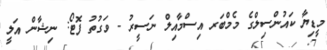
މީޑިޔާ ކައުންސިލްގެ މެމްބަރ އިސްމާއިލް ނަސީރު - ވަގުތު ފޮޓޯ: ނިޝާން އަލީ